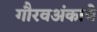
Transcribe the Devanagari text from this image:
गौरवअंकाचे